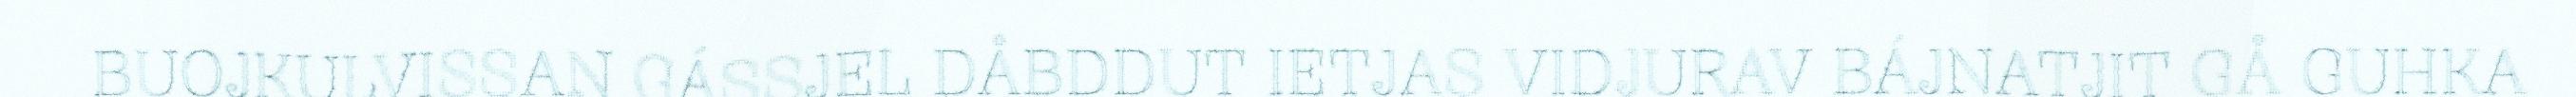
BUOJKULVISSAN GÁSSJEL DÅBDDUT IETJAS VIDJURAV BÁJNATJIT GÅ GUHKA